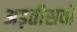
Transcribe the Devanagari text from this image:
अड़तीसवीं